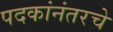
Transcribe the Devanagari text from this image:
पदकांनंतरचे